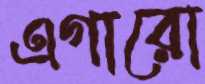
এগারো